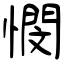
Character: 憫